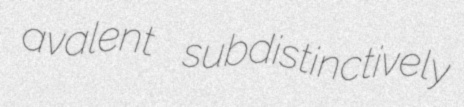
avalent subdistinctively